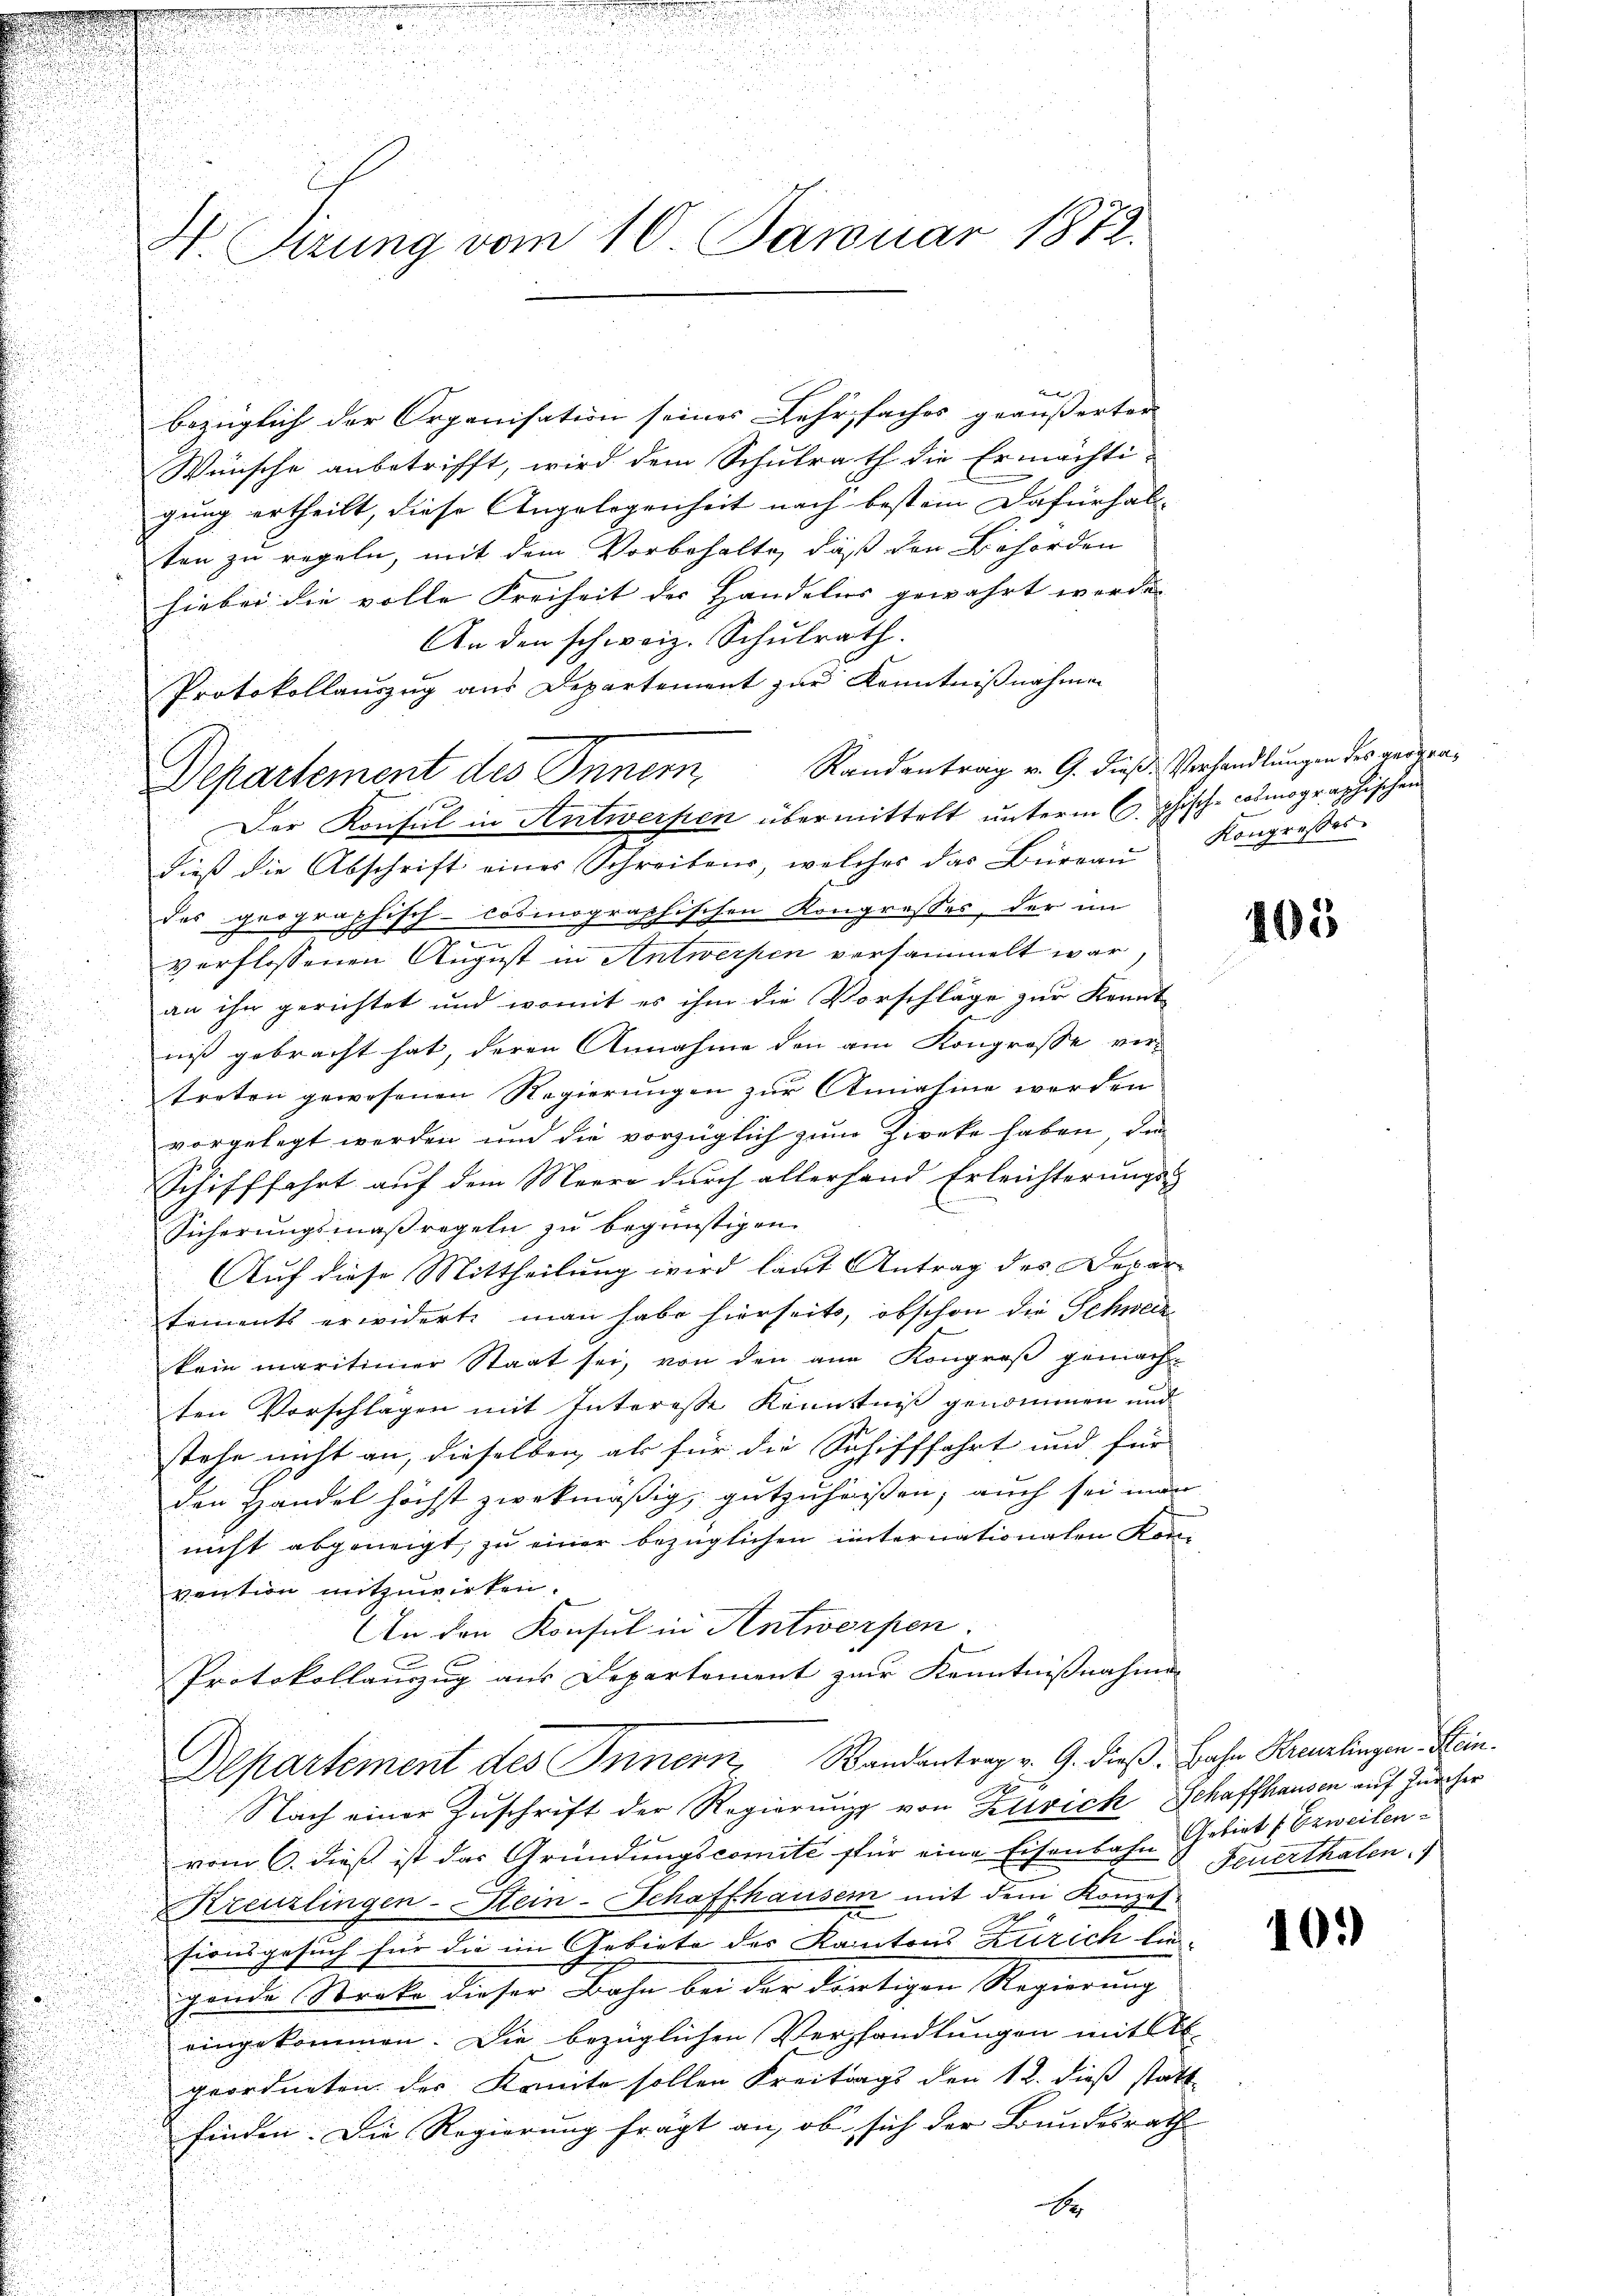
4. Sirung vom 10. Januar 1872.

d
bezüglich der Organisation seines Lehrfaches geäußerter
Wünsche anbetrifft, wird dem Schulrath die Ermächti-
gung ertheilt, diese Angelegenheit nach bestein Dafürhal-
ten zu regeln, mit dem Vorbehalte, daß den Behörden
hiebei die volle Freiheit der Handelis gewahrt werde. |
An den schweiz. Schulrath.
Protokollauszug aus Departement zur Kenntnißnahmen
Departement des Innern Randantrag v. G. dieß: Verhandlungen des zeigen¬
Der Konsul in Antwerfen übermittelt unterm 6. phisch-cotmographischen
dieβ die Abschrift einer Schreibens, welches das Büreau Kongresses
des geographisch-cosinographischen Kongresses, der im
.
verflossenen August in Antwerpen versammelt war,
an ihr gerichtet und womit es ihm die Vorschläge zur Kennt
niß gebracht hat, deren Annahme den am Kongrosse vertreten gewesenen Regierungen zur Annahme werden
vorgelegt werden und die vorzüglich zum Zirke haben, die
Schifffahrt auf dem Meere durch allerhand Erleichterungs-
Sicherŭngsmaßregeln zu begünstigen.
Auf diese Mittheilung wird laut Antrag des Departements erwiderte man habe hierseits, obschon die Schweiz
kein maritimer Staat sei, von den am Kongroß gemachten Vorschlägen mit Interesse Kenntniß genommen und
stehe nicht an, dieselben als für die Schifffahrt und für
den Handel höchst zwekmäßig, gutzuheißen, auch sei man
nicht abgeneigt, zu einer bezüglichen unternationalen Kon-
vention mitzuwirken.
u
An den Konsul in Antworfen.
f
.
Protokollauszug aus Departement zur Kenntnißnahmen

Departement des Innern, Bandantrag v. G. dieß Jahr Kreuzlingen Hein¬
1

Nach einer Zuschrift der Regierung von Zutrick Schaffhausen auf Zürcher
vom 6. dieß ist das Gründungscomité für eine Eisenbahn Gebiet (Erweilen¬
Kreuzlingen-Stein-Schaffhausen mit dem Konzes
sionsgesuch für die im Gebiete der Kantons Zürich lie-
gende Stecke dieser Bahn bei der dortigen Regierung
eingekommen. Die bezüglichen Verzhandlungen mit Ab
geordneten des Kanto sollen Freitrags den 12. dieß statt
finden. Die Regierung frägt an, ob sich der Bundesrath
1

405

Feuerthalen.

10.)